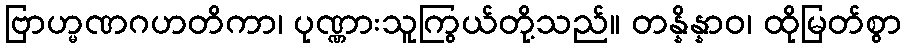
ဗြာဟ္မဏဂဟတိကာ၊ ပုဏ္ဏားသူကြွယ်တို့သည်။ တန္နိန္နာဝ၊ ထိုမြတ်စွာ